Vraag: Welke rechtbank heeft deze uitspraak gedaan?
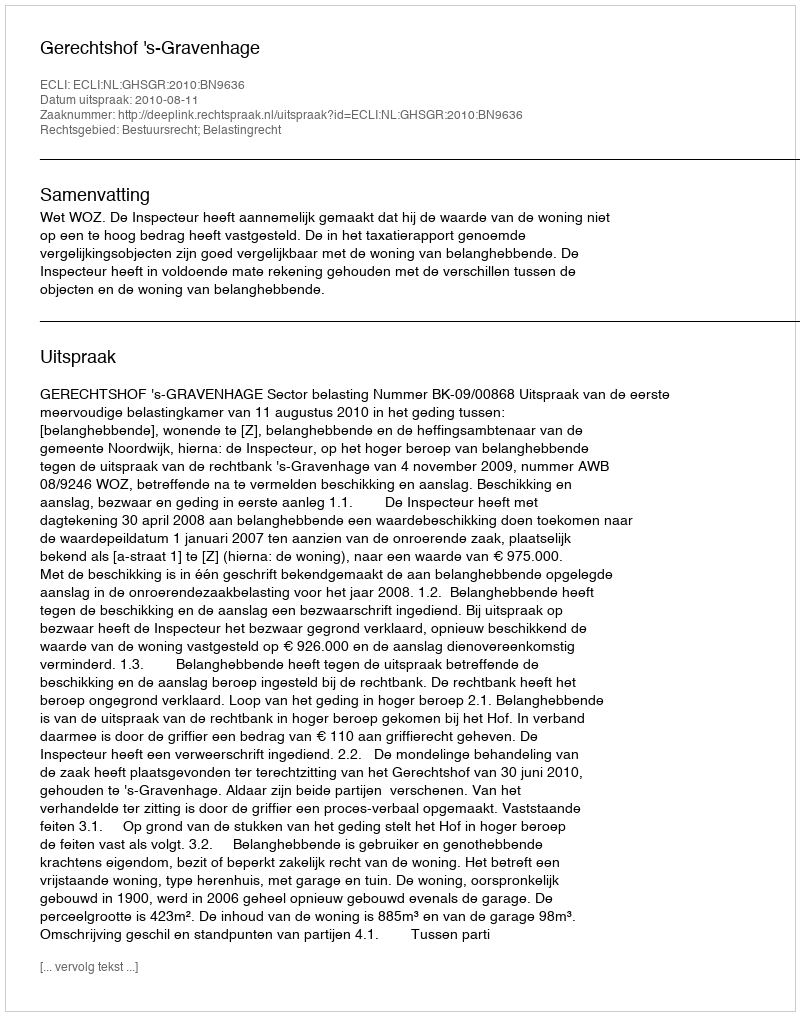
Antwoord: Gerechtshof 's-Gravenhage